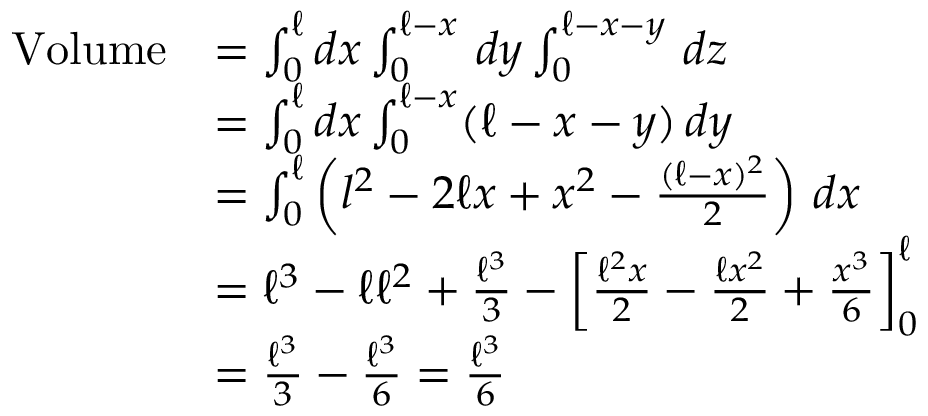
{ \begin{array} { r l } { { \mathrm { V o l u m e } } } & { = \int _ { 0 } ^ { \ell } d x \int _ { 0 } ^ { \ell - x } \, d y \int _ { 0 } ^ { \ell - x - y } \, d z } \\ & { = \int _ { 0 } ^ { \ell } d x \int _ { 0 } ^ { \ell - x } ( \ell - x - y ) \, d y } \\ & { = \int _ { 0 } ^ { \ell } \left( l ^ { 2 } - 2 \ell x + x ^ { 2 } - { \frac { ( \ell - x ) ^ { 2 } } { 2 } } \right) \, d x } \\ & { = \ell ^ { 3 } - \ell \ell ^ { 2 } + { \frac { \ell ^ { 3 } } { 3 } } - \left[ { \frac { \ell ^ { 2 } x } { 2 } } - { \frac { \ell x ^ { 2 } } { 2 } } + { \frac { x ^ { 3 } } { 6 } } \right] _ { 0 } ^ { \ell } } \\ & { = { \frac { \ell ^ { 3 } } { 3 } } - { \frac { \ell ^ { 3 } } { 6 } } = { \frac { \ell ^ { 3 } } { 6 } } } \end{array} }